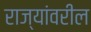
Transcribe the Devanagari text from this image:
राज्यांवरील